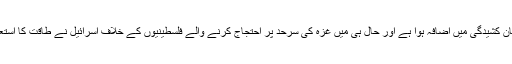
واضح رہے کہ گزشتہ چند ماہ کے دوران اسرائیل اور فلسطین کے درمیان کشیدگی میں اضافہ ہوا ہے اور حال ہی میں غزہ کی سرحد پر احتجاج کرنے والے فلسطینیوں کے خلاف اسرائیل نے طاقت کا استعمال کیا جس کے نتیجے میں 100 سے زائد فلسطینی شہید ہوگئے تھے۔